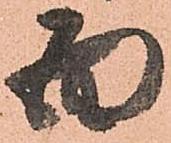
面